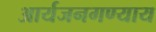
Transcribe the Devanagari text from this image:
आर्यजनगण्याय